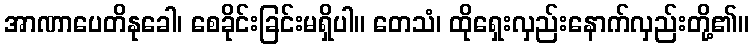
အာဏာပေတိနုခေါ၊ စေခိုင်းခြင်းမရှိပါ။ တေသံ၊ ထိုရှေးလှည်းနောက်လှည်းတို့၏။